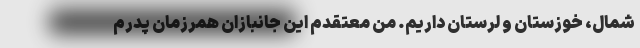
شمال، خوزستان و لرستان داریم. من معتقدم این جانبازان همرزمان پدرم